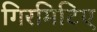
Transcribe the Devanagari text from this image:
गिरमिटिए